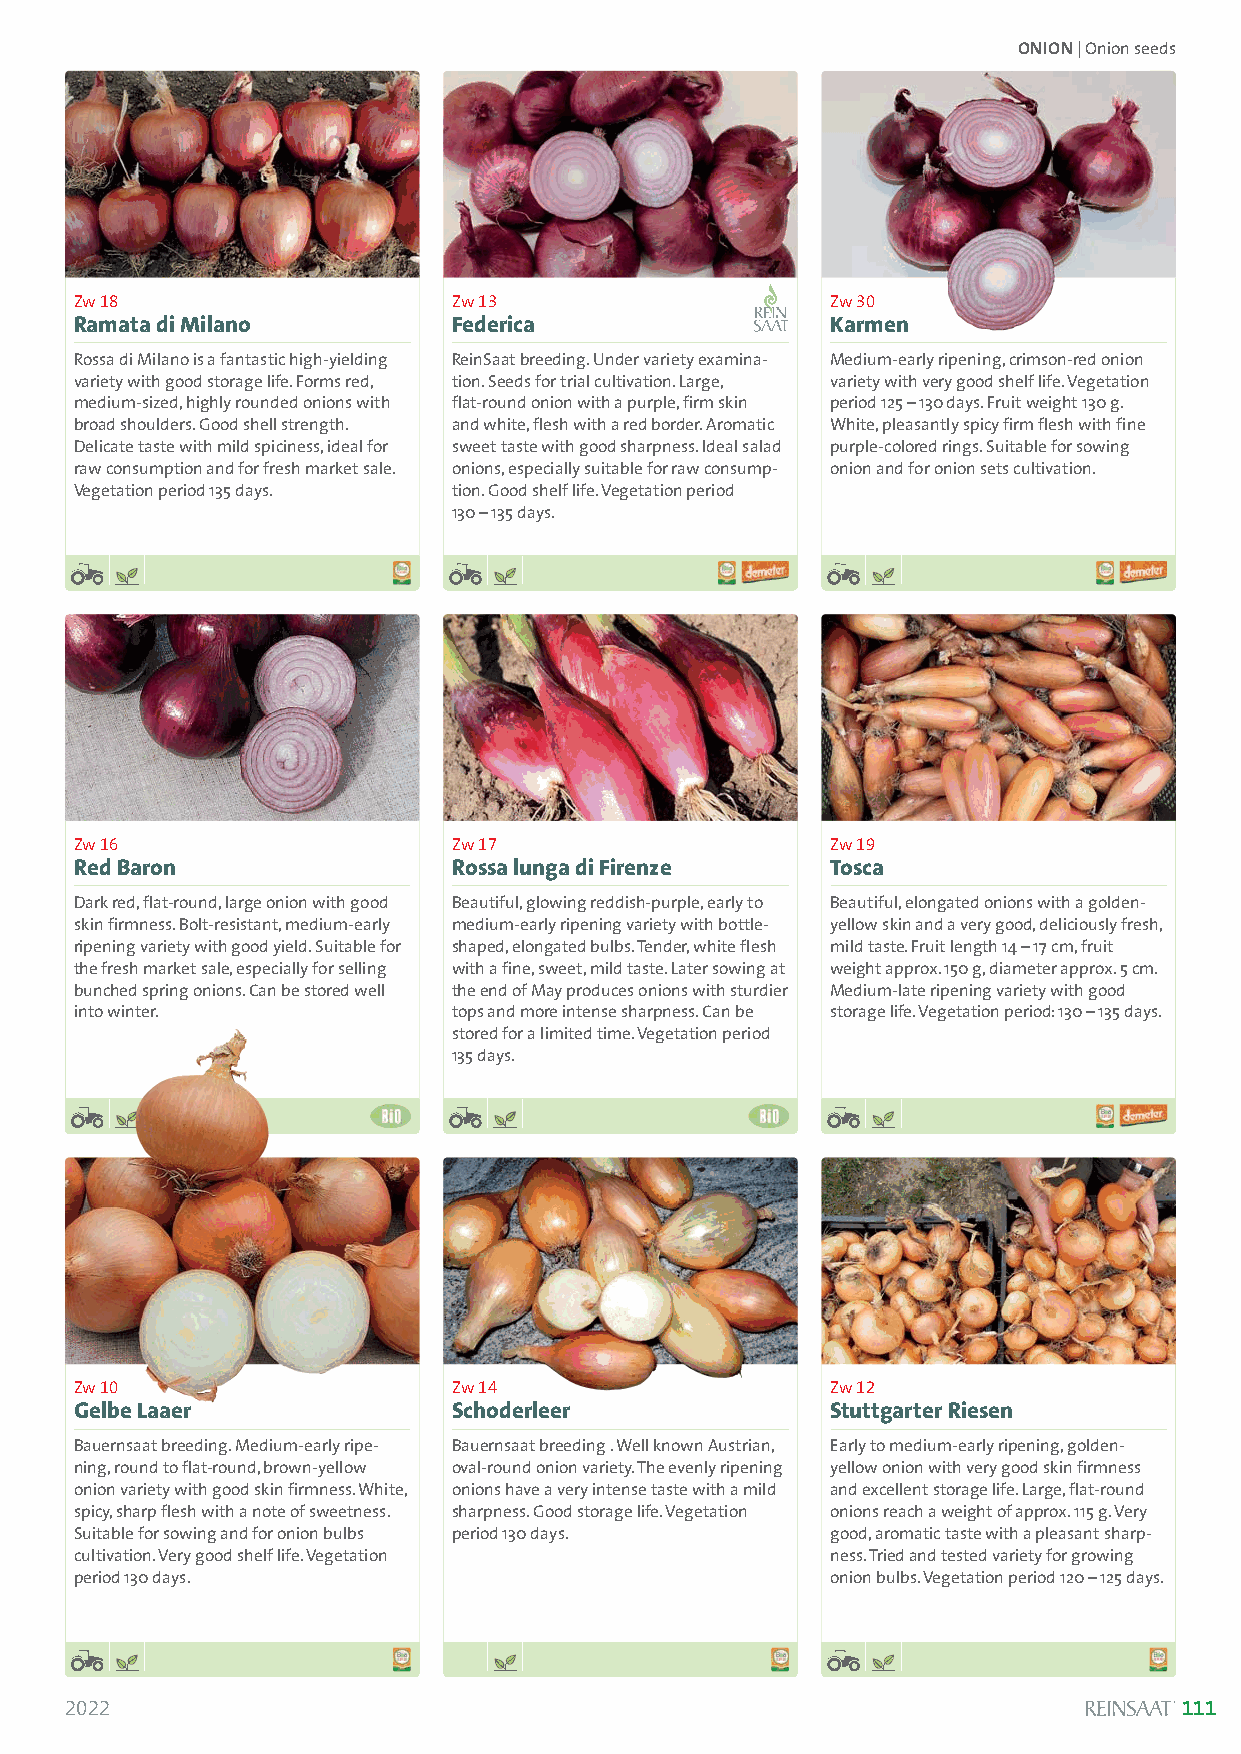
ONION| Onion seeds
 Zw 18                    Zw 13                    Zw 30
 Ramata di Milano         Federica                 Karmen
 Rossa di Milano is a fantastic high-yielding ReinSaat breeding. Under variety examina- Medium-early ripening, crimson-red onion
 variety with good storage life. Forms red, tion. Seeds for trial cultivation. Large, variety with very good shelf life. Vegetation
 medium-sized, highly rounded onions with flat-round onion with a purple, firm skin period 125 –130 days. Fruit weight 130 g.
 broad shoulders. Good shell strength. and white, flesh with a red border. Aromatic White, pleasantly spicy firm flesh with fine
 Delicate taste with mild spiciness, ideal for sweet taste with good sharpness. Ideal salad purple-colored rings. Suitable for sowing
 raw consumption and for fresh market sale. onions, especially suitable for raw consump- onion and for onion sets cultivation.
 Vegetation period 135 days. tion. Good shelf life. Vegetation period
 130 –135 days.
 Zw 16                    Zw 17                    Zw 19
 Red Baron                Rossa lunga di Firenze   Tosca
 Dark red, flat-round, large onion with good Beautiful, glowing reddish-purple, early to Beautiful, elongated onions with a golden-
 skin firmness. Bolt-resistant, medium-early medium-early ripening variety with bottle- yellow skin and a very good, deliciously fresh,
 ripening variety with good yield. Suitable for shaped, elongated bulbs. Tender, white flesh mild taste. Fruit length 14 –17 cm, fruit
 the fresh market sale, especially for selling with a fine, sweet, mild taste. Later sowing at weight approx. 150 g, diameter approx. 5 cm.
 bunched spring onions. Can be stored well the end of May produces onions with sturdier Medium-late ripening variety with good
 into winter.             tops and more intense sharpness. Can be storage life. Vegetation period: 130 –135 days.
 stored for a limited time. Vegetation period
 135 days.
 Zw 10                    Zw 14                    Zw 12
 Gelbe Laaer              Schoderleer              Stuttgarter Riesen
 Bauernsaat breeding. Medium-early ripe- Bauernsaat breeding . Well known Austrian, Early to medium-early ripening, golden-
 ning, round to flat-round, brown-yellow oval-round onion variety. The evenly ripening yellow onion with very good skin firmness
 onion variety with good skin firmness. White, onions have a very intense taste with a mild and excellent storage life. Large, flat-round
 spicy, sharp flesh with a note of sweetness. sharpness. Good storage life. Vegetation onions reach a weight of approx. 115 g. Very
 Suitable for sowing and for onion bulbs period 130 days. good, aromatic taste with a pleasant sharp-
 cultivation. Very good shelf life. Vegetation     ness. Tried and tested variety for growing
 period 130 days.                                  onion bulbs. Vegetation period 120 –125 days.
 2022                                                                      111